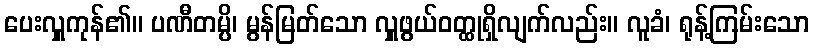
ပေးလှူကုန်၏။ ပဏီတမ္ပိ၊ မွန်မြတ်သော လှူဖွယ်ဝတ္ထုရှိလျက်လည်း။ လူခံ၊ ရုန့်ကြမ်းသော